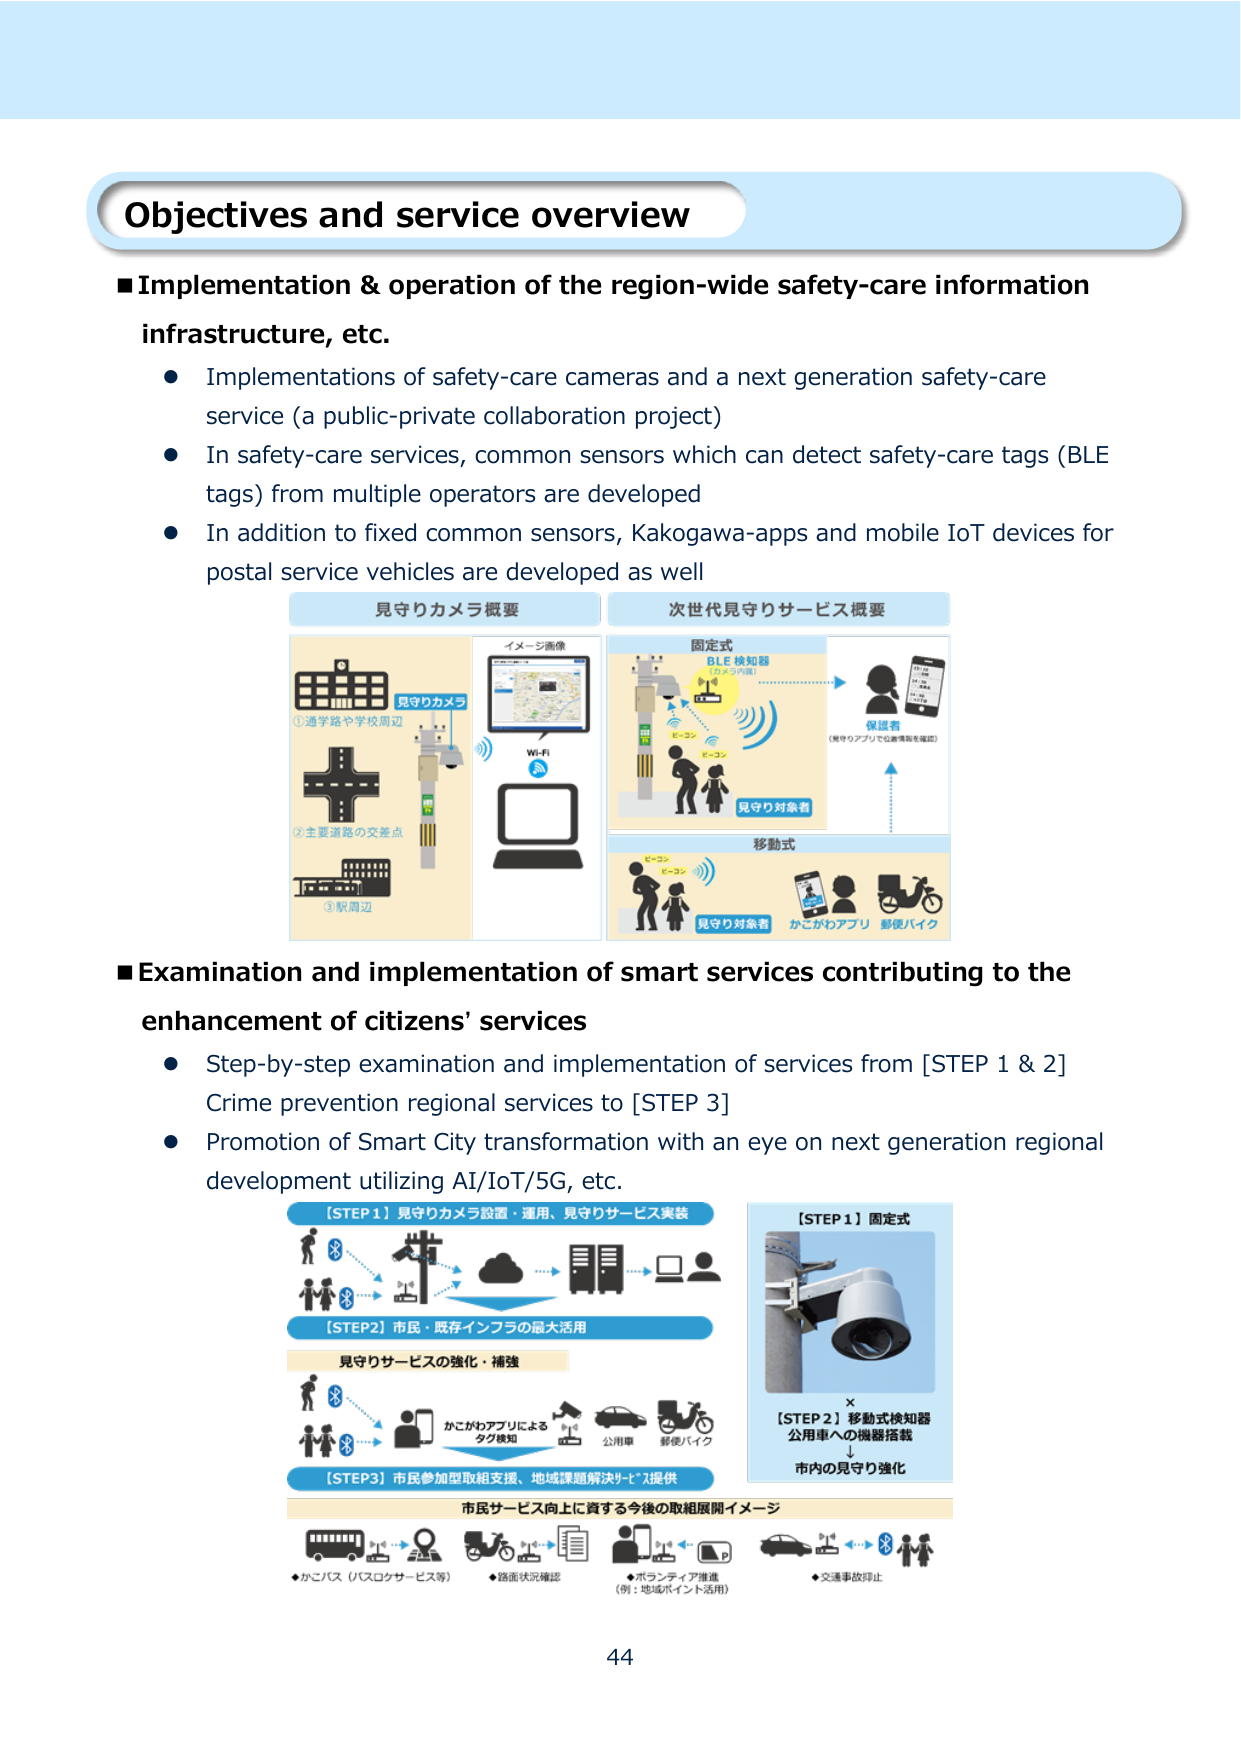
Objectives and service overview

■ Implementation & operation of the region-wide safety-care information infrastructure, etc.
● Implementations of safety-care cameras and a next generation safety-care service (a public-private collaboration project)
● In safety-care services, common sensors which can detect safety-care tags (BLE tags) from multiple operators are developed
● In addition to fixed common sensors, Kakogawa-apps and mobile IoT devices for postal service vehicles are developed as well

見守りカメラ概要
①通学路や学校周辺
②主要道路の交差点
③駅周辺
イメージ画像
Wi-Fi

次世代見守りサービス概要
固定式
BLE 検知器
（カメラ内蔵）
見守り対象者
保護者
（見守りアプリで位置情報を確認）
移動式
見守り対象者
かこがわアプリ
郵便バイク

■ Examination and implementation of smart services contributing to the enhancement of citizens' services
● Step-by-step examination and implementation of services from [STEP 1 & 2] Crime prevention regional services to [STEP 3]
● Promotion of Smart City transformation with an eye on next generation regional development utilizing AI/IoT/5G, etc.

【STEP 1】見守りカメラ設置・運用、見守りサービス実装
【STEP 2】市民・既存インフラの最大活用
見守りサービスの強化・補強
かこがわアプリによるタグ検知
公用車
郵便バイク
【STEP 3】市民参加型取組支援、地域課題解決サービス提供

【STEP 1】固定式
【STEP 2】移動式検知器
公用車への機器搭載
↓
市内の見守り強化

市民サービス向上に資する今後の取組展開イメージ
◆かこバス（バスコササービス等）
◆路面状況確認
◆ボランティア推進
（例：地域ポイント活用）
◆交通事故防止

44